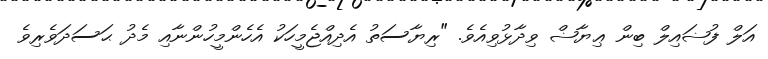
އަލް ފުޟައިލް ބިން ޢިޔާޟް ވިދާޅުވިއެވެ. "ރިޔާސަތު އެދިއްޖެމީހަކު އެހެންމީހުންނާއި މެދު ޙަސަދަވެރިވެ